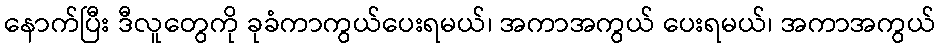
နောက်ပြီး ဒီလူတွေကို ခုခံကာကွယ်ပေးရမယ်၊ အကာအကွယ် ပေးရမယ်၊ အကာအကွယ်